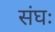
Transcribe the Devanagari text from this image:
संघः